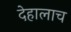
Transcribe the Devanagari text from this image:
देहालाच